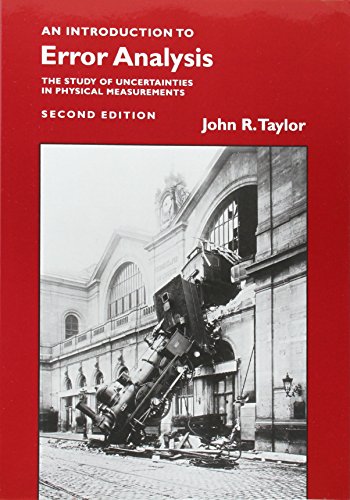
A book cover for An Introduction to Error Analysis: The Study of Uncertainties in Physical Measurements; John R. Taylor; Science & Math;